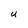
Character: U